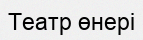
Театр өнері